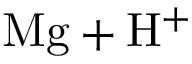
\mathrm { M g + H ^ { + } }